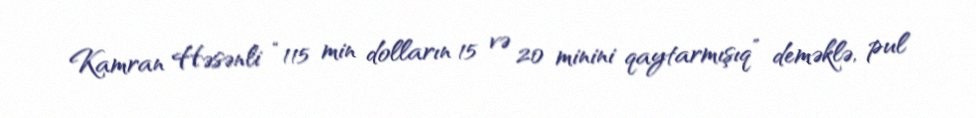
Kamran Həsənli “115 min dolların 15 və 20 minini qaytarmışıq” deməklə, pul